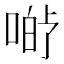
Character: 𱓡